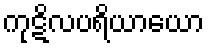
ကုဋိလပရိယာယော